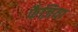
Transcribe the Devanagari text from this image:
फैज़िया